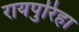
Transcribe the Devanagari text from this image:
रायपुरिहा